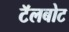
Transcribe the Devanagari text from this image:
टॅलबोट